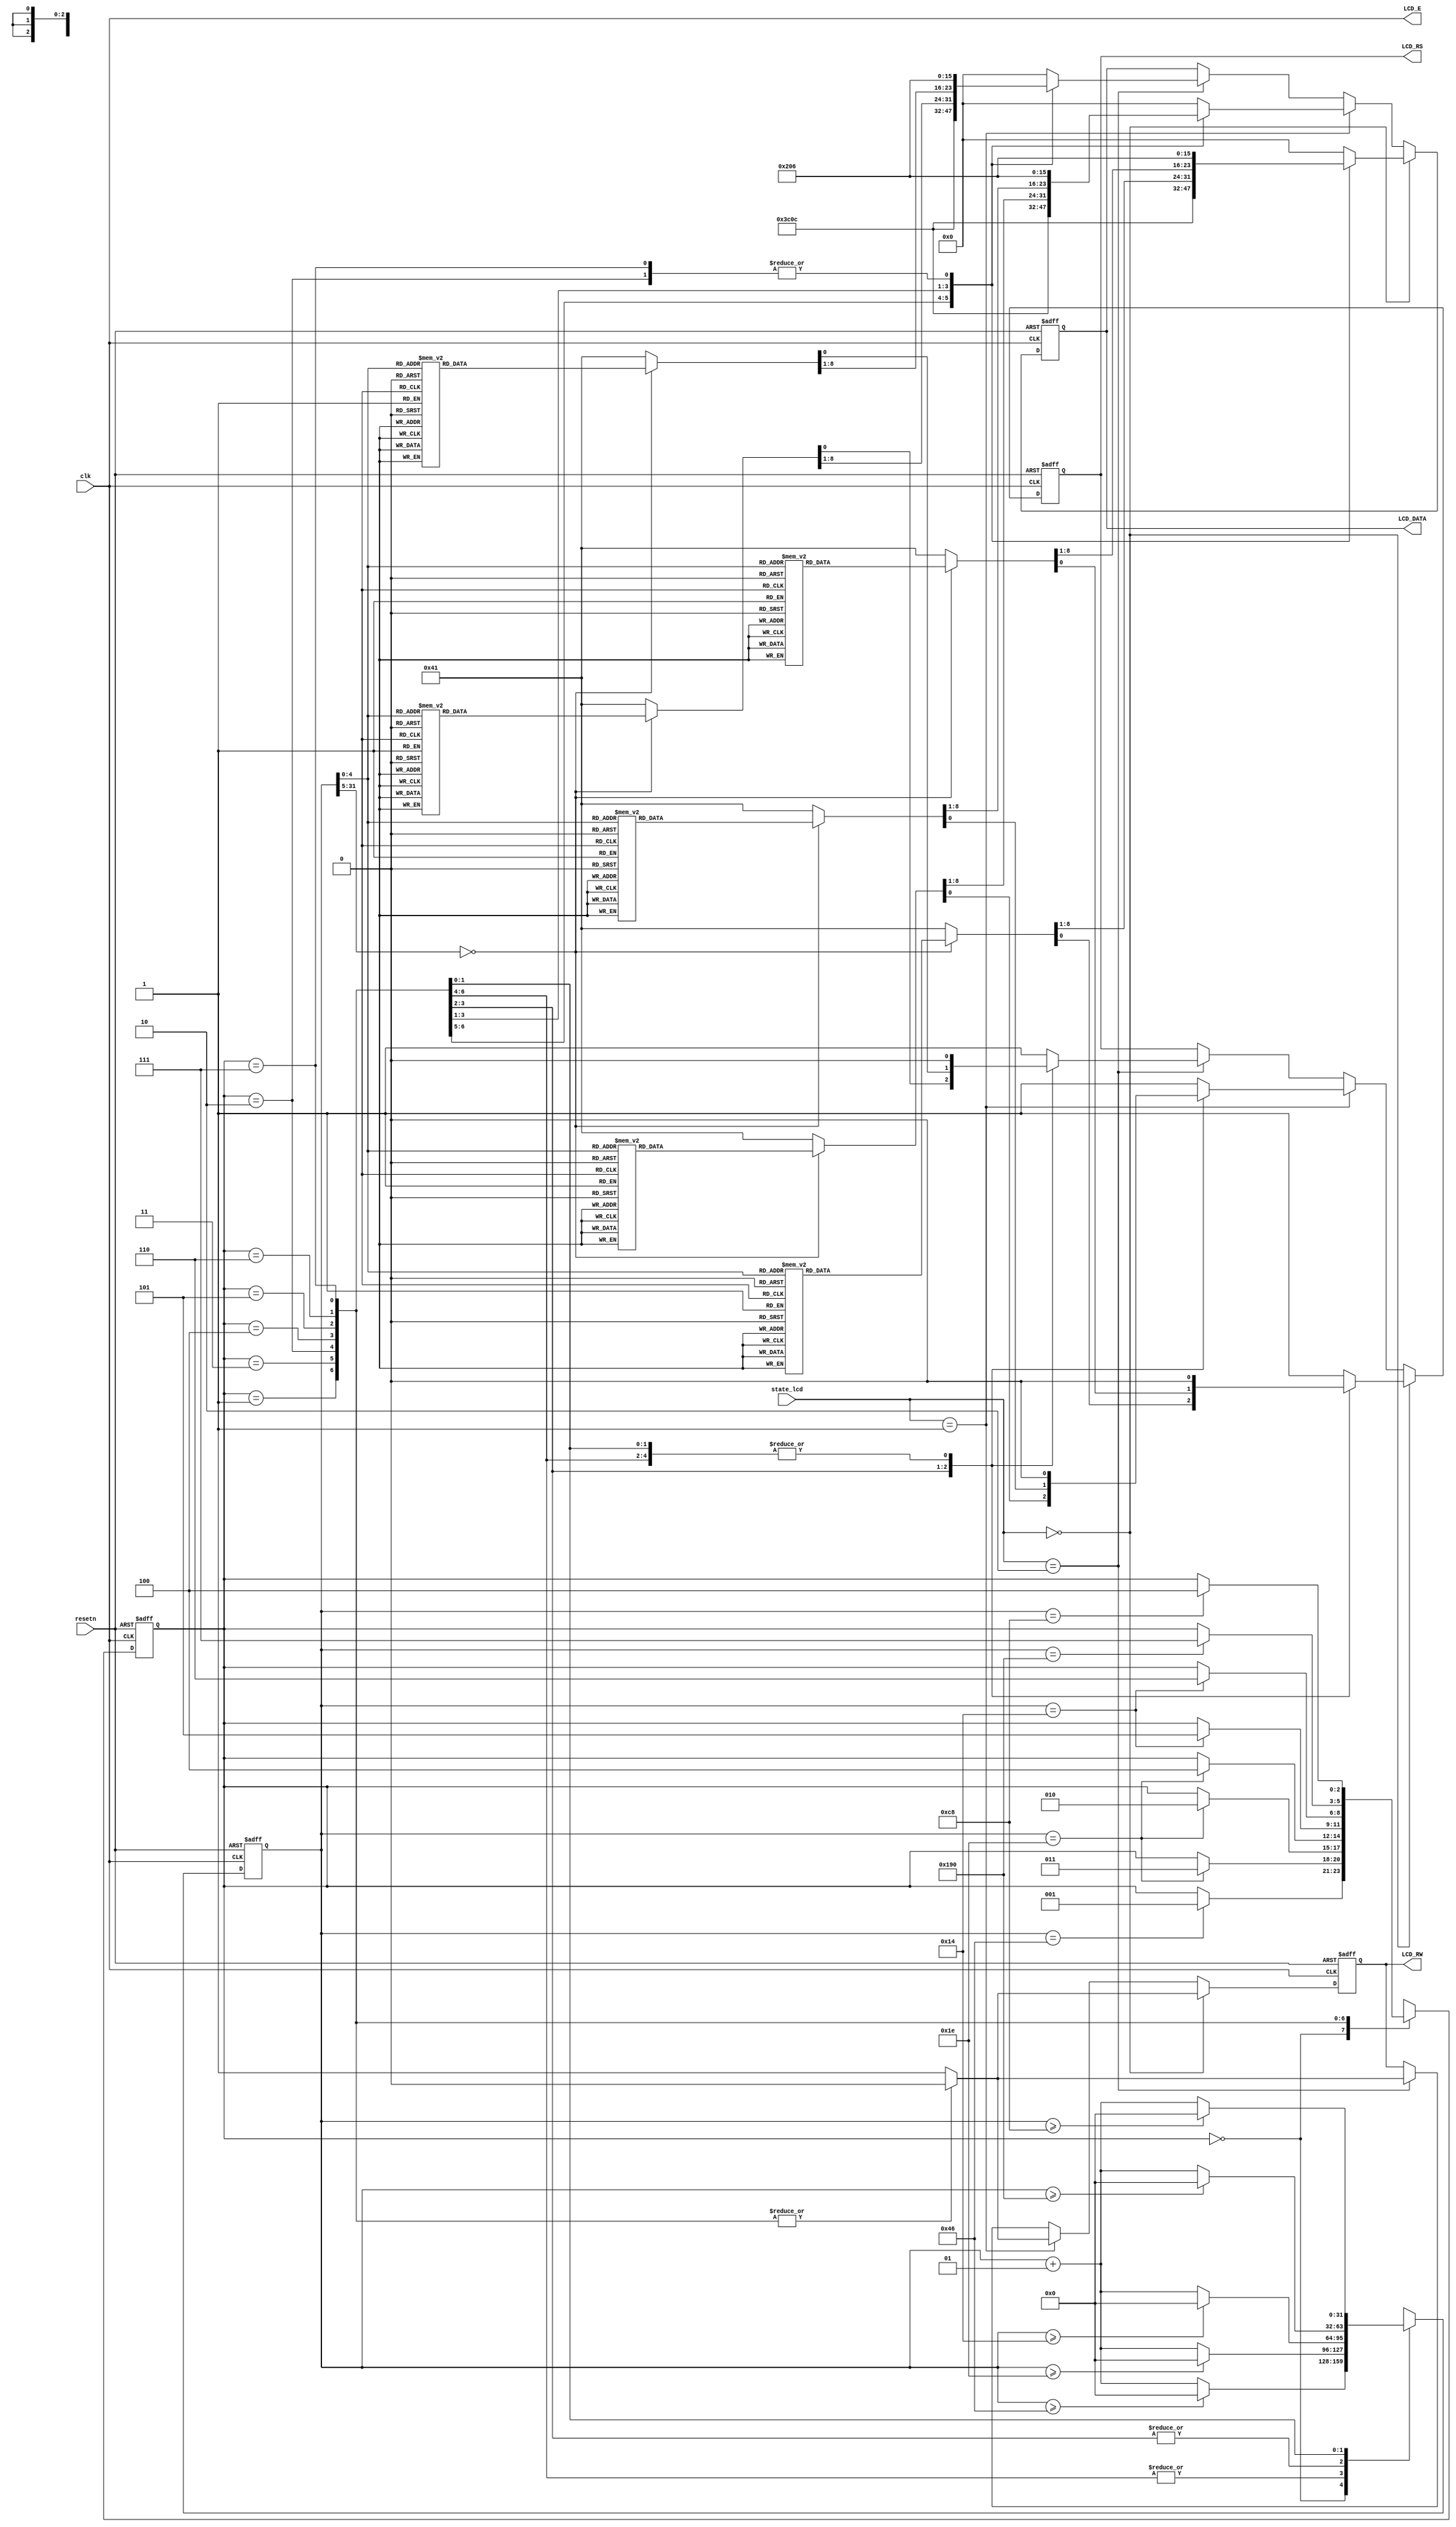
module LCD(resetn,clk,state_lcd,LCD_E,LCD_RS,LCD_RW,LCD_DATA);

input resetn,clk;
input [2:0]state_lcd;
output LCD_E,LCD_RS,LCD_RW;
output [7:0]LCD_DATA;

wire LCD_E;
reg LCD_RS,LCD_RW;
reg[7:0] LCD_DATA;
reg[2:0] state;

parameter delay=3'b000, function_set=3'b001,
entry_mode=3'b010,disp_onoff=3'b011,
line1=3'b100,line2=3'b101,
delay_t=3'b110,clear_disp=3'b111;

integer CNT;

always @(posedge resetn or posedge clk)
begin
   if(resetn) state = delay;
   else
      begin   
         case(state)
            delay:           if(CNT==70)state=function_set;
            function_set:    if(CNT==30)state=disp_onoff;
            disp_onoff:      if(CNT==30)state=entry_mode;
            entry_mode:      if(CNT==30)state=line1;
            line1:           if(CNT==20)state=line2;
            line2:           if(CNT==20)state=delay_t;
            delay_t:         if(CNT==400)state=clear_disp;
            clear_disp:      if(CNT==200)state=line1;
            default:         state=delay;
         endcase
      end
end


always @(posedge resetn or posedge clk)
begin
   if(resetn) CNT=0;
   else
      begin   
         case(state)
            delay:          if(CNT>=70)CNT=0;
                           else CNT=CNT+1;             
            function_set:    if(CNT>=30)CNT=0;
                           else CNT=CNT+1;
            disp_onoff:      if(CNT>=30)CNT=0;
                           else CNT=CNT+1;
            entry_mode:      if(CNT>=30)CNT=0;
                           else CNT=CNT+1;
            line1:         if(CNT>=20)CNT=0;
                           else CNT=CNT+1;
            line2:         if(CNT>=20)CNT=0;
                           else CNT=CNT+1;
            delay_t:         if(CNT>=400)CNT=0;
                           else CNT=CNT+1;
            clear_disp:    if(CNT>=200)CNT=0;
                           else CNT=CNT+1;
            default:         CNT=0;
         endcase
      end
end



always @(posedge resetn or posedge clk)
begin
   if(resetn) begin
      LCD_RS=1'b1;
      LCD_RW=1'b1;
      LCD_DATA=8'b00000000;
   end
   else if(state_lcd == 3'b000) //  
      begin   
         case(state)
            function_set:    begin
                              LCD_RS=1'b0;
                              LCD_RW=1'b0;
                              LCD_DATA=8'b00111100;
                           end
            disp_onoff:      begin
                              LCD_RS=1'b0;
                              LCD_RW=1'b0;
                              LCD_DATA=8'b00001100;
                           end
            entry_mode:      begin
                              LCD_RS=1'b0;
                              LCD_RW=1'b0;
                              LCD_DATA=8'b00000110;
                           end
            line1:         begin
                              LCD_RW=1'b0;
                              case(CNT)
                                 0:begin
                                    LCD_RS=1'b0;LCD_DATA=8'b10000000;//address
                                 end
                                 1:begin
                                    LCD_RS=1'b1;LCD_DATA=8'b00110001;//1
                                 end
                                 2:begin
                                    LCD_RS=1'b1;LCD_DATA=8'b00101110;//.
                                 end
                                 3:begin
                                    LCD_RS=1'b1;LCD_DATA=8'b01010011;//S
                                 end
                                 4:begin
                                    LCD_RS=1'b1;LCD_DATA=8'b01111100;//t
                                 end
                                 5:begin
                                    LCD_RS=1'b1;LCD_DATA=8'b01100001;//a
                                 end
                                 6:begin
                                    LCD_RS=1'b1;LCD_DATA=8'b01110010;//r
                                 end
                                 7:begin
                                    LCD_RS=1'b1;LCD_DATA=8'b01111100;//t
                                 end
                                 8:begin
                                    LCD_RS=1'b1;LCD_DATA=8'b00100000;//
                                 end
                                 9:begin
                                    LCD_RS=1'b1;LCD_DATA=8'b01001111;//G
                                 end
                                 10:begin
                                    LCD_RS=1'b1;LCD_DATA=8'b01100001;//a
                                 end
                                 11:begin
                                    LCD_RS=1'b1;LCD_DATA=8'b01101101;//m
                                 end
                                 12:begin
                                    LCD_RS=1'b1;LCD_DATA=8'b01100101;//e
                                 end
                                 13:begin
                                    LCD_RS=1'b1;LCD_DATA=8'b00100000;//
                                 end
                                 14:begin
                                    LCD_RS=1'b1;LCD_DATA=8'b00100000;//
                                 end
                                 15:begin
                                    LCD_RS=1'b1;LCD_DATA=8'b00100000;//
                                 end
                                 16:begin
                                    LCD_RS=1'b1;LCD_DATA=8'b00100000;//
                                 end
                                 default:begin
                                    LCD_RS=1'b1;LCD_DATA=8'b00100000;//
                                 end
                              endcase
                           end
            line2:         begin
                              LCD_RW=1'b0;
                              case(CNT)
                                 0:begin
                                    LCD_RS=1'b0;LCD_DATA=8'b11000000;//address
                                 end
                                 1:begin
                                    LCD_RS=1'b1;LCD_DATA=8'b00110010;//2
                                 end
                                 2:begin
                                    LCD_RS=1'b1;LCD_DATA=8'b00101110;//.
                                 end
                                 3:begin
                                    LCD_RS=1'b1;LCD_DATA=8'b01001100;//L
                                 end
                                 4:begin
                                    LCD_RS=1'b1;LCD_DATA=8'b01100001;//a
                                 end
                                 5:begin
                                    LCD_RS=1'b1;LCD_DATA=8'b01110011;//s
                                 end
                                 6:begin
                                    LCD_RS=1'b1;LCD_DATA=8'b01110100;//t
                                 end
                                 7:begin
                                    LCD_RS=1'b1;LCD_DATA=8'b01001111;//G
                                 end
                                 8:begin
                                    LCD_RS=1'b1;LCD_DATA=8'b01100001;//a
                                 end
                                 9:begin
                                    LCD_RS=1'b1;LCD_DATA=8'b01101101;//m
                                 end
                                 10:begin
                                    LCD_RS=1'b1;LCD_DATA=8'b01100101;//e
                                 end
                                 11:begin
                                    LCD_RS=1'b1;LCD_DATA=8'b00100000;//
                                 end
                                 12:begin
                                    LCD_RS=1'b1;LCD_DATA=8'b01010011;//S
                                 end
                                 13:begin
                                    LCD_RS=1'b1;LCD_DATA=8'b01100011;//c
                                 end
                                 14:begin
                                    LCD_RS=1'b1;LCD_DATA=8'b01101111;//o
                                 end
                                 15:begin
                                    LCD_RS=1'b1;LCD_DATA=8'b01110010;//r
                                 end
                                 16:begin
                                    LCD_RS=1'b1;LCD_DATA=8'b01100101;//e
                                 end
                                 default:begin
                                    LCD_RS=1'b1;LCD_DATA=8'b00100000;//
                                 end
                              endcase
                           end
            delay_t:         begin
                              LCD_RS=1'b0;
                              LCD_RW=1'b0;
                              LCD_DATA=8'b00000010;
                           end
            clear_disp:    begin
                              LCD_RS=1'b0;
                              LCD_RW=1'b0;
                              LCD_DATA=8'b00000110;
                           end
            default:         begin
                              LCD_RS=1'b1;
                              LCD_RW=1'b1;
                              LCD_DATA=8'b00000000;
                           end
         endcase
    end
    else if(state_lcd == 3'b001) //   
       begin   
         case(state)
            function_set:    begin
                              LCD_RS=1'b0;
                              LCD_RW=1'b0;
                              LCD_DATA=8'b00111100;
                           end
            disp_onoff:      begin
                              LCD_RS=1'b0;
                              LCD_RW=1'b0;
                              LCD_DATA=8'b00001100;
                           end
            entry_mode:      begin
                              LCD_RS=1'b0;
                              LCD_RW=1'b0;
                              LCD_DATA=8'b00000110;
                           end
            line1:         begin
                              LCD_RW=1'b0;
                              case(CNT)
                                 0:begin
                                    LCD_RS=1'b0;LCD_DATA=8'b10000000;//address
                                 end
                                 1:begin
                                    LCD_RS=1'b1;LCD_DATA=8'b00110001;//1
                                 end
                                 2:begin
                                    LCD_RS=1'b1;LCD_DATA=8'b00101110;//.
                                 end
                                 3:begin
                                    LCD_RS=1'b1;LCD_DATA=8'b01101101;//m
                                 end
                                 4:begin
                                    LCD_RS=1'b1;LCD_DATA=8'b01110101;//u
                                 end
                                 5:begin
                                    LCD_RS=1'b1;LCD_DATA=8'b01110011;//s
                                 end
                                 6:begin
                                    LCD_RS=1'b1;LCD_DATA=8'b01101001;//i
                                 end
                                 7:begin
                                    LCD_RS=1'b1;LCD_DATA=8'b01100011;//c
                                 end
                                 8:begin
                                    LCD_RS=1'b1;LCD_DATA=8'b00110001;//1
                                 end
                                 9:begin
                                    LCD_RS=1'b1;LCD_DATA=8'b00110010;//2
                                 end
                                 10:begin
                                    LCD_RS=1'b1;LCD_DATA=8'b00101110;//.
                                 end
                                 11:begin
                                    LCD_RS=1'b1;LCD_DATA=8'b01101101;//m
                                 end
                                 12:begin
                                    LCD_RS=1'b1;LCD_DATA=8'b01110101;//u
                                 end
                                 13:begin
                                    LCD_RS=1'b1;LCD_DATA=8'b01110011;//s
                                 end
                                 14:begin
                                    LCD_RS=1'b1;LCD_DATA=8'b01101001;//i
                                 end
                                 15:begin
                                    LCD_RS=1'b1;LCD_DATA=8'b01100011;//c
                                 end
                                 16:begin
                                    LCD_RS=1'b1;LCD_DATA=8'b00110010;//2
                                 end
                                 default:begin
                                    LCD_RS=1'b1;LCD_DATA=8'b00100000;//
                                 end
                              endcase
                           end
            line2:         begin
                              LCD_RW=1'b0;
                              case(CNT)
                                 0:begin
                                    LCD_RS=1'b0;LCD_DATA=8'b11000000;//address
                                 end
                                 1:begin
                                    LCD_RS=1'b1;LCD_DATA=8'b00110011;//3
                                 end
                                 2:begin
                                    LCD_RS=1'b1;LCD_DATA=8'b00101110;//.
                                 end
                                 3:begin
                                    LCD_RS=1'b1;LCD_DATA=8'b01101101;//m
                                 end
                                 4:begin
                                    LCD_RS=1'b1;LCD_DATA=8'b01110101;//u
                                 end
                                 5:begin
                                    LCD_RS=1'b1;LCD_DATA=8'b01110011;//s
                                 end
                                 6:begin
                                    LCD_RS=1'b1;LCD_DATA=8'b01101001;//i
                                 end
                                 7:begin
                                    LCD_RS=1'b1;LCD_DATA=8'b01100011;//c
                                 end
                                 8:begin
                                    LCD_RS=1'b1;LCD_DATA=8'b00110011;//3
                                 end
                                 9:begin
                                    LCD_RS=1'b1;LCD_DATA=8'b00100000;//
                                 end
                                 10:begin
                                    LCD_RS=1'b1;LCD_DATA=8'b00100000;//
                                 end
                                 11:begin
                                    LCD_RS=1'b1;LCD_DATA=8'b00100000;//
                                 end
                                 12:begin
                                    LCD_RS=1'b1;LCD_DATA=8'b00100000;//
                                 end
                                 13:begin
                                    LCD_RS=1'b1;LCD_DATA=8'b00100000;//
                                 end
                                 14:begin
                                    LCD_RS=1'b1;LCD_DATA=8'b00100000;//
                                 end
                                 15:begin
                                    LCD_RS=1'b1;LCD_DATA=8'b00100000;//
                                 end
                                 16:begin
                                    LCD_RS=1'b1;LCD_DATA=8'b00100000;//
                                 end
                                 default:begin
                                    LCD_RS=1'b1;LCD_DATA=8'b00100000;//
                                 end
                              endcase
                           end
            delay_t:         begin
                              LCD_RS=1'b0;
                              LCD_RW=1'b0;
                              LCD_DATA=8'b00000010;
                           end
            clear_disp:    begin
                              LCD_RS=1'b0;
                              LCD_RW=1'b0;
                              LCD_DATA=8'b00000110;
                           end
            default:         begin
                              LCD_RS=1'b1;
                              LCD_RW=1'b1;
                              LCD_DATA=8'b00000000;
                           end
         endcase
      end

    else if(state_lcd == 3'b010) //   
    begin   
         case(state)
            function_set:    begin
                              LCD_RS=1'b0;
                              LCD_RW=1'b0;
                              LCD_DATA=8'b00111100;
                           end
            disp_onoff:      begin
                              LCD_RS=1'b0;
                              LCD_RW=1'b0;
                              LCD_DATA=8'b00001100;
                           end
            entry_mode:      begin
                              LCD_RS=1'b0;
                              LCD_RW=1'b0;
                              LCD_DATA=8'b00000110;
                           end
            line1:         begin
                              LCD_RW=1'b0;
                              case(CNT)
                                 0:begin
                                    LCD_RS=1'b0;LCD_DATA=8'b10000000;//address
                                 end
                                 1:begin
                                    LCD_RS=1'b1;LCD_DATA=8'b01001100;//L
                                 end
                                 2:begin
                                    LCD_RS=1'b1;LCD_DATA=8'b01100001;//a
                                 end
                                 3:begin
                                    LCD_RS=1'b1;LCD_DATA=8'b01110011;//s
                                 end
                                 4:begin
                                    LCD_RS=1'b1;LCD_DATA=8'b01110100;//t
                                 end
                                 5:begin
                                    LCD_RS=1'b1;LCD_DATA=8'b00100000;//
                                 end
                                 6:begin
                                    LCD_RS=1'b1;LCD_DATA=8'b01000111;//G
                                 end
                                 7:begin
                                    LCD_RS=1'b1;LCD_DATA=8'b01100001;//a
                                 end
                                 8:begin
                                    LCD_RS=1'b1;LCD_DATA=8'b01101101;//m
                                 end
                                 9:begin
                                    LCD_RS=1'b1;LCD_DATA=8'b01100101;//e
                                 end
                                 10:begin
                                    LCD_RS=1'b1;LCD_DATA=8'b00100000;//
                                 end
                                 11:begin
                                    LCD_RS=1'b1;LCD_DATA=8'b01010011;//S
                                 end
                                 12:begin
                                    LCD_RS=1'b1;LCD_DATA=8'b01100011;//c
                                 end
                                 13:begin
                                    LCD_RS=1'b1;LCD_DATA=8'b01101111;//o
                                 end
                                 14:begin
                                    LCD_RS=1'b1;LCD_DATA=8'b01110010;//r
                                 end
                                 15:begin
                                    LCD_RS=1'b1;LCD_DATA=8'b01100101;//e
                                 end
                                 16:begin
                                    LCD_RS=1'b1;LCD_DATA=8'b00100000;//
                                 end
                                 default:begin
                                    LCD_RS=1'b1;LCD_DATA=8'b00100000;//
                                 end
                              endcase
                           end
            line2:         begin
                              LCD_RW=1'b0;
                              case(CNT)
                                 0:begin
                                    LCD_RS=1'b0;LCD_DATA=8'b11000000;//address
                                 end
                                 1:begin
                                    LCD_RS=1'b1;LCD_DATA=8'b00100000;//
                                 end
                                 2:begin
                                    LCD_RS=1'b1;LCD_DATA=8'b00100000;//
                                 end
                                 3:begin
                                    LCD_RS=1'b1;LCD_DATA=8'b00100000;//
                                 end
                                 4:begin
                                    LCD_RS=1'b1;LCD_DATA=8'b00100000;//
                                 end
                                 5:begin
                                    LCD_RS=1'b1;LCD_DATA=8'b00100000;//
                                 end
                                 6:begin
                                    LCD_RS=1'b1;LCD_DATA=8'b00100000;//
                                 end
                                 7:begin
                                    LCD_RS=1'b1;LCD_DATA=8'b00100000;//
                                 end
                                 8:begin
                                    LCD_RS=1'b1;LCD_DATA=8'b00100000;//
                                 end
                                 9:begin
                                    LCD_RS=1'b1;LCD_DATA=8'b00100000;//
                                 end
                                 10:begin
                                    LCD_RS=1'b1;LCD_DATA=8'b00100000;//
                                 end
                                 11:begin
                                    LCD_RS=1'b1;LCD_DATA=8'b00100000;//
                                 end
                                 12:begin
                                    LCD_RS=1'b1;LCD_DATA=8'b00100000;//
                                 end
                                 13:begin
                                    LCD_RS=1'b1;LCD_DATA=8'b00100000;//
                                 end
                                 14:begin
                                    LCD_RS=1'b1;LCD_DATA=8'b00100000;//
                                 end
                                 15:begin
                                    LCD_RS=1'b1;LCD_DATA=8'b00100000;//
                                 end
                                 16:begin
                                    LCD_RS=1'b1;LCD_DATA=8'b00100000;//
                                 end
                                 default:begin
                                    LCD_RS=1'b1;LCD_DATA=8'b00100000;//
                                 end
                              endcase
                           end
            delay_t:         begin
                              LCD_RS=1'b0;
                              LCD_RW=1'b0;
                              LCD_DATA=8'b00000010;
                           end
            clear_disp:    begin
                              LCD_RS=1'b0;
                              LCD_RW=1'b0;
                              LCD_DATA=8'b00000110;
                           end
            default:         begin
                              LCD_RS=1'b1;
                              LCD_RW=1'b1;
                              LCD_DATA=8'b00000000;
                           end
         endcase
      end

end

assign LCD_E=clk;

endmodule